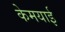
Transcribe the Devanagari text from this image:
केमयाई